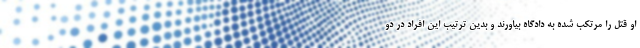
او قتل را مرتکب شده به دادگاه بیاورند و بدین ترتیب این افراد در دو